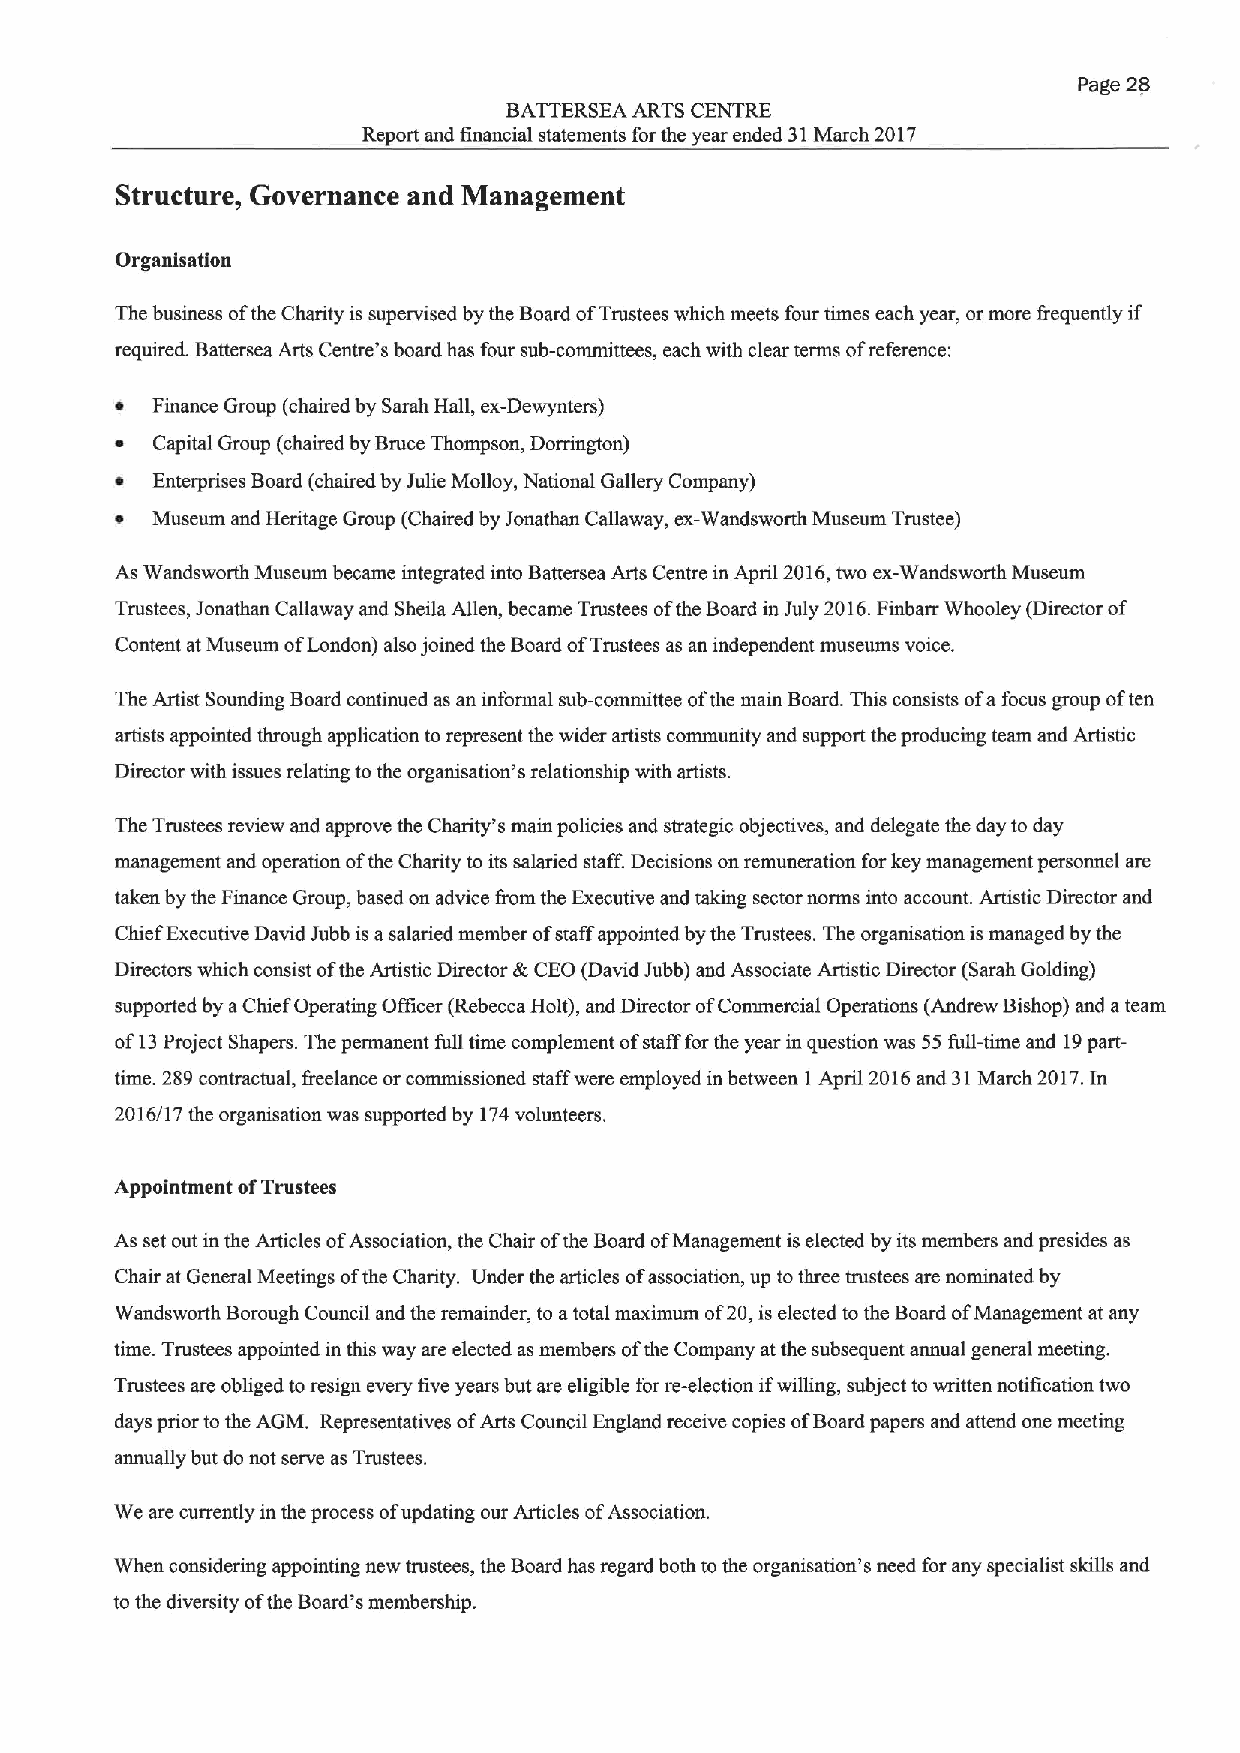
Page 28
 BATTERSEA ARTS CENTRE
 Report and financial statements forthe year ended 31March 2017
 Structure, Governance and Management
 Organisation
 The business ofthe Charity is supervised by the Board ofTrustees which meets four times each year, or more &equently if
 required. Battersea Arts Centre's board has four sub-committees, each with clear terms ofreference;
 ~ Finance Group (chaired by Sarah Hall, ex-Dewynters)
 ~ Capital Group (chaired by Bruce Thompson, Dorrington)
 ~ Enterprises Board (chaired by Julie Molloy, National Gallery Company)
 ~ Museum and Heritage Group (Chaired by Jonathan Callaway, ex-Wandsworth Museum Trustee)
 As Wandsworth Museum became integrated into Battersea Arts Centre in April 2016,two ex-Wandsworth Museum
 Trustees, Jonathan Callaway and Sheila Allen, became Trustees ofthe Board in July 2016.Finbarr Whooley (Director of
 Content at Museum ofLondon) also joined the Board ofTrustees as an independent museums voice.
 The Artist Sounding Board continued as an informal sub-committee ofthe main Board. This consists ofafocus group often
 artists appointed through application to represent the wider artists community and support the producing team and Artistic
 Director with issues relating to the organisation's relationship with artists.
 The Trustees review and approve the Charity's main policies and strategic objectives, and delegate the day to day
 management and operation ofthe Charity to its salaried staff. Decisions on remuneration forkey management personnel are
 taken by the Finance Group, based on advice from the Executive and taking sector norms into account. Artistic Director and
 Chief Executive David Jubb is asalaried member ofstaff appointed by the Trustees. The organisation ismanaged by the
 Directors which consist ofthe Artistic Director &CEO (David Jubb) and Associate Artistic Director (Sarah Golding)
 supported by aChief Operating Officer (Rebecca Holt), and Director ofCommercial Operations (Andrew Bishop) and ateam
 of13Pmject Shapers. The permanent full time complement ofstaff for the year in question was 55 full-time and 19part-
 time. 289contractual, freelance or commissioned staff were employed in between I April 2016and 31March 2017.In
 2016/17 the organisation was supported by 174volunteers.
 Appointment ofTrustees
 As set out in the Articles ofAssociation, the Chair ofthe Board ofManagement is elected by its members and presides as
 Chair at General Meetings ofthe Charity. Under the articles ofassociation, up tothree trustees are nominated by
 Wandsworth Borough Council and the remainder, to atotal maximum of20,is elected to the Board ofManagement at any
 time. Trustees appointed in this way are elected as members ofthe Company at the subsequent annual general meeting.
 Trustees are obliged toresign every five years but are eligible for re-election ifwilling, subject to written notification two
 days prior to the AGM. Representatives ofArts Council England receive copies ofBoard papers and attend one meeting
 annually but do not serve as Trustees.
 We are currently in the process ofupdating our Articles ofAssociation.
 When considering appointing new trustees, the Board has regard both to the organisation's need for any specialist skills and
 to the diversity ofthe Board's inembership.